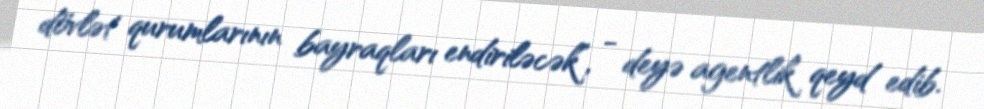
dövlət qurumlarının bayraqları endiriləcək”, - deyə agentlik qeyd edib.